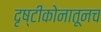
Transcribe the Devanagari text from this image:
दृष्टीकोनातूनच